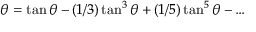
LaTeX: \theta = \tan \theta - ( 1 / 3 ) \tan ^ { 3 } \theta + ( 1 / 5 ) \tan ^ { 5 } \theta - \ldots